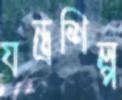
যন্ত্রশিল্প